Annual report on the lock hospitals of the Madras Presidency
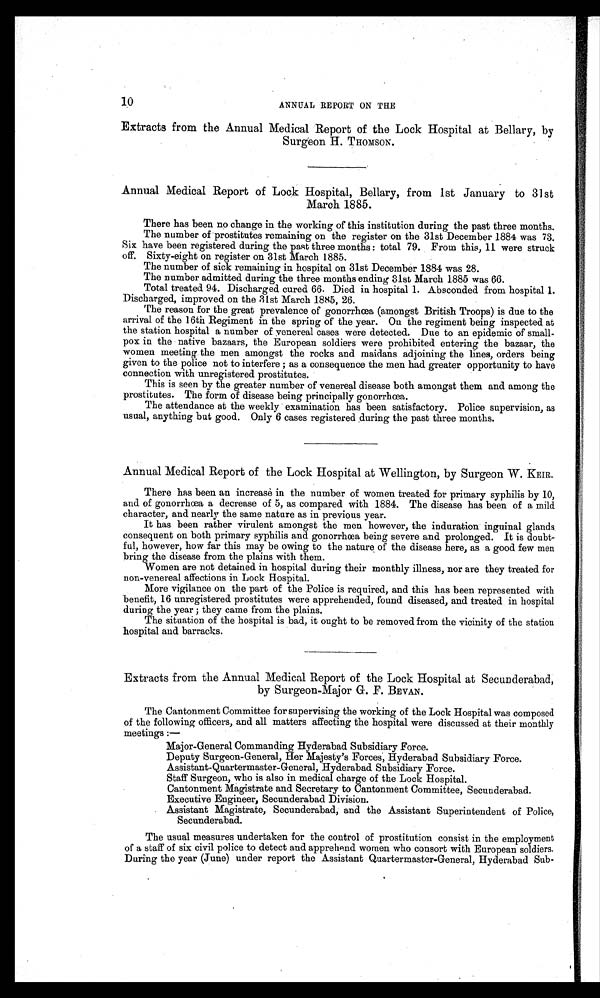
10
ANNUAL REPORT ON THE
Extracts from the Annual Medical Report of the Lock Hospital at Bellary, by
Surgeon H. THOMSON.
Annual Medical Report of Lock Hospital, Bellary, from 1st January to 31st
March 1885.
There has been no change in the working of this institution during the past three months.
The number of prostitutes remaining on the register on the 31st December 1884 was 73.
Six have been registered during the past three months : total 79. From this, 11 were struck
off. Sixty-eight on register on 31st March 1885.
The number of sick remaining in hospital on 31st December 1884 was 28.
The number admitted during the three months ending 31st March 1885 was 66.
Total treated 94. Discharged cured 66. Died in hospital 1. Absconded from hospital 1.
Discharged, improved on the 31st March 1885, 26.
The reason for the great prevalence of gonorrhœa (amongst British Troops) is due to the
arrival of the 16th Regiment in the spring of the year. On the regiment being inspected at
the station hospital a number of venereal cases were detected. Due to an epidemic of small-
pox in the native bazaars, the European soldiers were prohibited entering the bazaar, the
women meeting the men amongst the rocks and maidans adjoining the lines, orders being
given to the police not to interfere ; as a consequence the men had greater opportunity to have
connection with unregistered prostitutes.
This is seen by the greater number of venereal disease both amongst them and among the
prostitutes. The form of disease being principally gonorrhœa.
The attendance at the weekly examination has been satisfactory. Police supervision, as
usual, anything but good. Only 6 cases registered during the past three months.
Annual Medical Report of the Lock Hospital at Wellington, by Surgeon W. KEIR .
There has been an increase in the number of women treated for primary syphilis by 10,
and of gonorrhœa a decrease of 5, as compared with 1884. The disease has been of a mild
character, and nearly the same nature as in previous year.
It has been rather virulent amongst the men however, the induration inguinal glands
consequent on both primary syphilis and gonorrhœa being severe and prolonged. It is doubt
ful, however, how far this may be owing to the nature of the disease here, as a good few men
bring the disease from the plains with them.
Women are not detained in hospital during their monthly illness, nor are they treated for
non-venereal affections in Lock Hospital.
More vigilance on the part of the Police is required, and this has been represented with
benefit, 16 unregistered prostitutes were apprehended, found diseased, and treated in hospital
during the year ; they came from the plains.
The situation of the hospital is bad, it ought to be removed from the vicinity of the station
hospital and barracks.
Extracts from the Annual Medical Report of the Lock Hospital at Secunderabad,
by Surgeon-Major G. F. BEVAN.
The Cantonment Committee for supervising the working of the Lock Hospital was composed
of the following officers, and all matters affecting the hospital were discussed at their monthly
meetings :—
Major-General Commanding Hyderabad Subsidiary Force.
Deputy Surgeon-General, Her Majesty's Forces, Hyderabad Subsidiary Force.
Assistant-Quartermaster-General, Hyderabad Subsidiary Force.
Staff Surgeon, who is also in medical charge of the Lock Hospital.
Cantonment Magistrate and Secretary to Cantonment Committee, Secunderabad.
Executive Engineer, Secunderabad Division.
Assistant Magistrate, Secunderabad, and the Assistant Superintendent of Police,
Secunderabad.
The usual measures undertaken for the control of prostitution consist in the employment
of a staff of six civil police to detect and apprehend women who consort with European soldiers.
During the year (June) under report the Assistant Quartermaster-General, Hyderabad Sub-